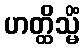
ဟတ္ထိသ္မိံ